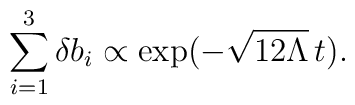
\sum_{i=1}^3 \delta b_i \propto \exp(-\sqrt{12\Lambda}\, t).